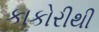
કાકોરીથી